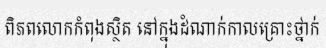
ពិភពលោកកំពុងស្ថិត នៅក្នុងដំណាក់កាលគ្រោះថ្នាក់